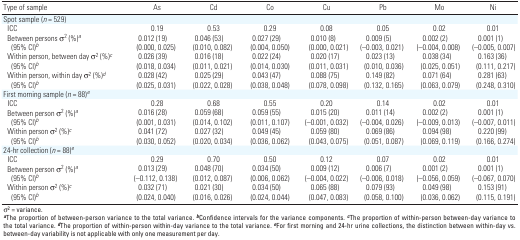
<table><thead><tr><td><b>Type of sample</b></td><td><b>As</b></td><td><b>Cd</b></td><td><b>Co</b></td><td><b>Cu</b></td><td><b>Pb</b></td><td><b>Mo</b></td><td><b>Ni</b></td></tr></thead><tbody><tr><td><b>Spot sample (<i>n </i>= 529)</b></td></tr><tr><td><b>ICC</b></td><td>0.19</td><td>0.53</td><td>0.29</td><td>0.08</td><td>0.05</td><td>0.02</td><td>0.01</td></tr><tr><td><b>Between persons σ<sup>2</sup> (%)<sup><i>a</i></sup></b></td><td>0.012 (19)</td><td>0.046 (53)</td><td>0.027 (29)</td><td>0.010 (8)</td><td>0.009 (5)</td><td>0.002 (2)</td><td>0.001 (1)</td></tr><tr><td><b>(95% CI)<sup><i>b</i></sup></b></td><td>(0.000, 0.025)</td><td>(0.010, 0.082)</td><td>(0.004, 0.050)</td><td>(0.000, 0.021)</td><td>(–0.003, 0.021)</td><td>(–0.004, 0.008)</td><td>(–0.005, 0.007)</td></tr><tr><td><b>Within person, between day σ<sup>2</sup> (%)<sup><i>c</i></sup></b></td><td>0.026 (39)</td><td>0.016 (18)</td><td>0.022 (24)</td><td>0.020 (17)</td><td>0.023 (13)</td><td>0.038 (34)</td><td>0.163 (36)</td></tr><tr><td><b>(95% CI)<sup><i>b</i></sup></b></td><td>(0.018, 0.034)</td><td>(0.011, 0.021)</td><td> (0.014, 0.030)</td><td>(0.011, 0.031)</td><td> (0.010, 0.036)</td><td> (0.025, 0.051)</td><td>(0.111, 0.217)</td></tr><tr><td><b>Within person, within day σ<sup>2</sup> (%)<sup><i>d</i></sup></b></td><td>0.028 (42)</td><td>0.025 (29)</td><td>0.043 (47)</td><td>0.088 (75)</td><td>0.149 (82)</td><td>0.071 (64)</td><td>0.281 (63)</td></tr><tr><td><b>(95% CI)<sup><i>b</i></sup></b></td><td>(0.025, 0.031)</td><td> (0.022, 0.028)</td><td> (0.038, 0.048)</td><td>(0.078, 0.098)</td><td> (0.132, 0.165)</td><td> (0.063, 0.079)</td><td>(0.248, 0.310)</td></tr><tr><td><b>First morning sample (<i>n </i>= 88)<sup><i>e</i></sup></b></td></tr><tr><td><b>ICC</b></td><td>0.28</td><td>0.68</td><td>0.55</td><td>0.20</td><td>0.14</td><td>0.02</td><td>0.01</td></tr><tr><td><b>Between person σ<sup>2</sup> (%)<sup><i>a</i></sup></b></td><td>0.016 (28)</td><td>0.059 (68)</td><td>0.059 (55)</td><td>0.015 (20)</td><td>0.011 (14)</td><td>0.002 (2)</td><td>0.001 (1)</td></tr><tr><td><b>(95% CI)<sup><i>b</i></sup></b></td><td>(0.001, 0.031)</td><td>(0.014, 0.102)</td><td>(0.011, 0.107)</td><td>(–0.001, 0.032)</td><td>(–0.004, 0.026)</td><td>(–0.009, 0.013)</td><td>(–0.007, 0.011)</td></tr><tr><td><b>Within person σ<sup>2</sup> (%)<sup><i>c</i></sup></b></td><td>0.041 (72)</td><td>0.027 (32)</td><td>0.049 (45)</td><td>0.059 (80)</td><td>0.069 (86)</td><td>0.094 (98)</td><td>0.220 (99)</td></tr><tr><td><b>(95% CI)<sup><i>b</i></sup></b></td><td>(0.030, 0.052)</td><td>(0.020, 0.034)</td><td>(0.036, 0.062)</td><td>(0.043, 0.075)</td><td>(0.051, 0.087)</td><td>(0.069, 0.119)</td><td>(0.166, 0.274)</td></tr><tr><td><b>24-hr collection (<i>n </i>= 88)<sup><i>e</i></sup></b></td></tr><tr><td><b>ICC</b></td><td>0.29</td><td>0.70</td><td>0.50</td><td>0.12</td><td>0.07</td><td>0.02</td><td>0.01</td></tr><tr><td><b>Between person σ<sup>2</sup> (%)<sup><i>a</i></sup></b></td><td>0.013 (29)</td><td>0.048 (70)</td><td>0.034 (50)</td><td>0.009 (12)</td><td>0.006 (7)</td><td>0.001 (2)</td><td>0.001 (1)</td></tr><tr><td><b>(95% CI)<sup><i>b</i></sup></b></td><td>(–0.112, 0.138)</td><td>(0.012, 0.087)</td><td>(0.006, 0.062)</td><td>(–0.004, 0.022)</td><td>(–0.006, 0.018)</td><td>(–0.056, 0.059)</td><td>(–0.067, 0.070)</td></tr><tr><td><b>Within person σ<sup>2</sup> (%)<sup><i>c</i></sup></b></td><td>0.032 (71)</td><td>0.021 (30)</td><td>0.034 (50)</td><td>0.065 (88)</td><td>0.079 (93)</td><td>0.049 (98)</td><td>0.153 (91)</td></tr><tr><td><b>(95% CI)<sup><i>b</i></sup></b></td><td>(0.024, 0.040)</td><td>(0.016, 0.026)</td><td>(0.024, 0.044)</td><td>(0.047, 0.083)</td><td>(0.058, 0.100)</td><td>(0.036, 0.062)</td><td>(0.115, 0.191)</td></tr><tr><td colspan="8">σ<sup>2</sup> = variance. <sup><i><b>a</b></i></sup>The proportion of between-person variance to the total variance. <sup><i><b>b</b></i></sup>Confidence intervals for the variance components. <sup><i><b>c</b></i></sup>The proportion of within-person between-day variance to the total variance. <sup><i><b>d</b></i></sup>The proportion of within-person within-day variance to the total variance. <sup><i><b>e</b></i></sup>For first morning and 24-hr urine collections, the distinction between within-day vs. between-day variability is not applicable with only one measurement per day.</td></tr></tbody></table>